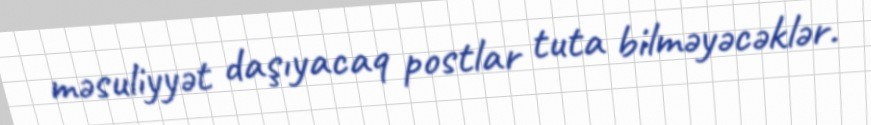
məsuliyyət daşıyacaq postlar tuta bilməyəcəklər.